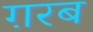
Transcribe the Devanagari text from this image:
ग़रब